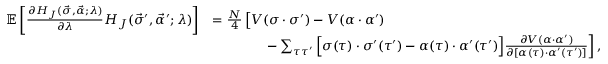
\begin{array} { r l } { \mathbb { E } \left[ \frac { \partial H _ { J } ( \vec { \sigma } , \vec { \alpha } ; \lambda ) } { \partial \lambda } H _ { J } ( \vec { \sigma } ^ { \prime } , \vec { \alpha } ^ { \prime } ; \lambda ) \right] } & { = \frac { N } { 4 } \left[ \vphantom { \sum _ { \tau \tau ^ { \prime } } } V ( \sigma \cdot \sigma ^ { \prime } ) - V ( \alpha \cdot \alpha ^ { \prime } ) \right. } \\ & { \qquad \qquad \left. - \sum _ { \tau \tau ^ { \prime } } \Big [ \sigma ( \tau ) \cdot \sigma ^ { \prime } ( \tau ^ { \prime } ) - \alpha ( \tau ) \cdot \alpha ^ { \prime } ( \tau ^ { \prime } ) \Big ] \frac { \partial V ( \alpha \cdot \alpha ^ { \prime } ) } { \partial [ \alpha ( \tau ) \cdot \alpha ^ { \prime } ( \tau ^ { \prime } ) ] } \right] , } \end{array}